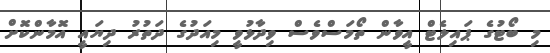
މި ބޯޓުގެ ޕައިލެޓް އީވާން ތޯމަސްވެސް ވިދާޅުވީ މިއަދުގެ ދަތުރު ދިޔައީ އޮމާންކޮށް